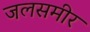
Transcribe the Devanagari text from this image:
जलसमीर